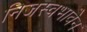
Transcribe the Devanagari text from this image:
निजस्वभावेन